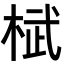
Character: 𣓸